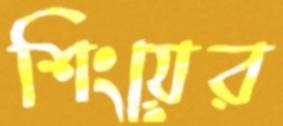
শিংয়ের